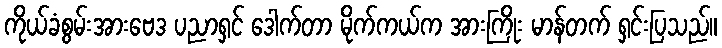
ကိုယ်ခံစွမ်းအားဗေဒ ပညာရှင် ဒေါက်တာ မိုက်ကယ်က အားကြိုး မာန်တက် ရှင်းပြသည်။